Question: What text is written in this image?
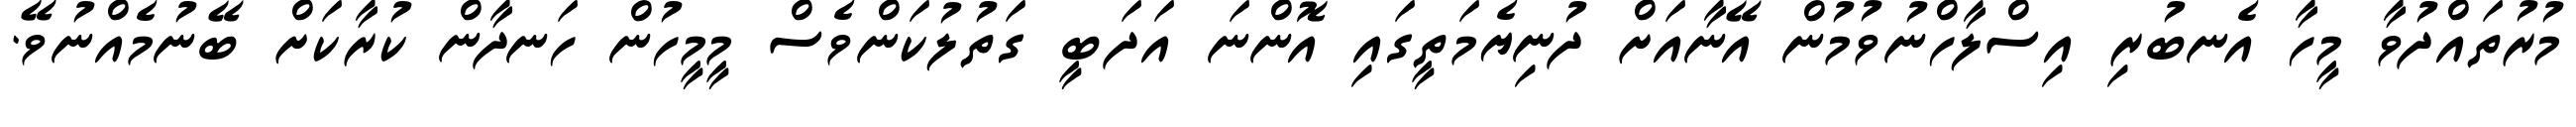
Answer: މުރުތައްދުވާ މީހާ އެނބުރި އިސްލާހްނުވުމުން އޭނާއަށް ދުނިޔެމަތީގައި އޮންނަ އަދަބީ ގަތުލުކަންވެސް މީމީހުން ހަނދާން ކުރާކަށް ބޭނުމެއްނުވޭ.